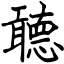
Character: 聼